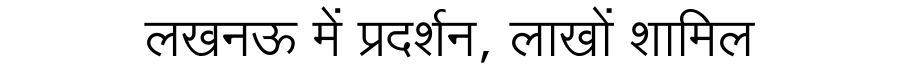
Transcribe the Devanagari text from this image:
लखनऊ में प्रदर्शन, लाखों शामिल